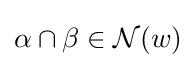
\alpha \cap \beta \in {\mathcal {N}}(w)